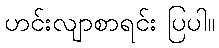
ဟင်းလျာစာရင်း ပြပါ။